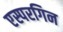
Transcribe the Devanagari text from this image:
एस्परगिन